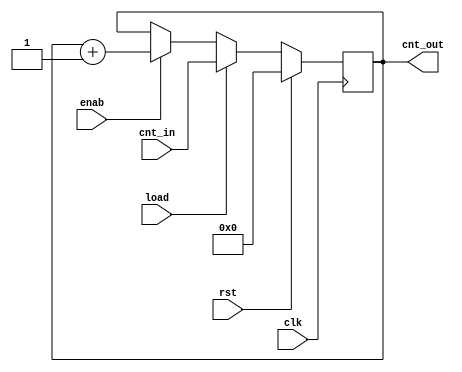
module Counter #(
    parameter counter_width =5
)
(
    input wire load, rst, clk ,enab ,
    input wire [counter_width-1:0] cnt_in,
    output reg [counter_width-1:0] cnt_out
);

always @(posedge clk) begin
    if(rst)
    cnt_out <= 0;
    else begin
        if(load)
        cnt_out <= cnt_in;
        else
        if(enab)
        cnt_out <= cnt_out +1 ;
        else
        cnt_out <= cnt_out;
    end
end


endmodule